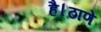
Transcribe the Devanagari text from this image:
है।ठाणे